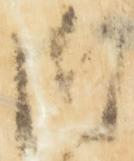
御